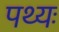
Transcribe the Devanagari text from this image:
पथ्यः